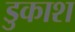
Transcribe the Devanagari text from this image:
डुकाश